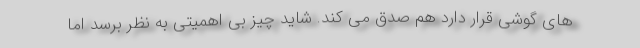
های گوشی قرار دارد هم صدق می کند. شاید چیز بی اهمیتی به نظر برسد اما